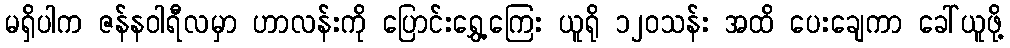
မရှိပါက ဇန်နဝါရီလမှာ ဟာလန်းကို ပြောင်းရွှေ့ကြေး ယူရို ၁၂၀သန်း အထိ ပေးချေကာ ခေါ်ယူဖို့